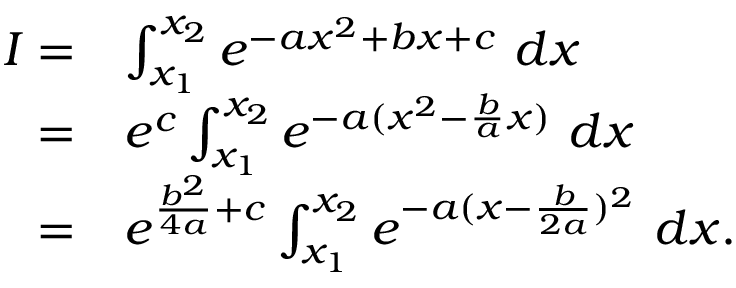
\begin{array} { r l } { I = } & { \int _ { x _ { 1 } } ^ { x _ { 2 } } e ^ { - a x ^ { 2 } + b x + c } \ d x } \\ { = } & { e ^ { c } \int _ { x _ { 1 } } ^ { x _ { 2 } } e ^ { - a ( x ^ { 2 } - \frac { b } { a } x ) } \ d x } \\ { = } & { e ^ { \frac { b ^ { 2 } } { 4 a } + c } \int _ { x _ { 1 } } ^ { x _ { 2 } } e ^ { - a ( x - \frac { b } { 2 a } ) ^ { 2 } } \ d x . } \end{array}